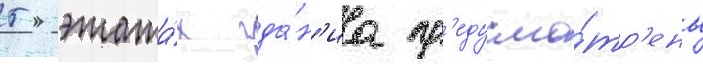
5 этажа́х зда́н'иа пр'едусмо́тр'ены